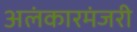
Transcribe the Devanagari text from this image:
अलंकारमंजरी